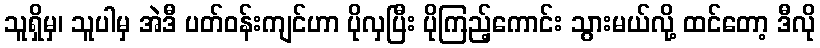
သူရှိမှ၊ သူပါမှ အဲဒီ ပတ်ဝန်းကျင်ဟာ ပိုလှပြီး ပိုကြည့်ကောင်း သွားမယ်လို့ ထင်တော့ ဒီလို